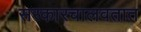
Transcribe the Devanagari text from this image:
सरकारचालवतात